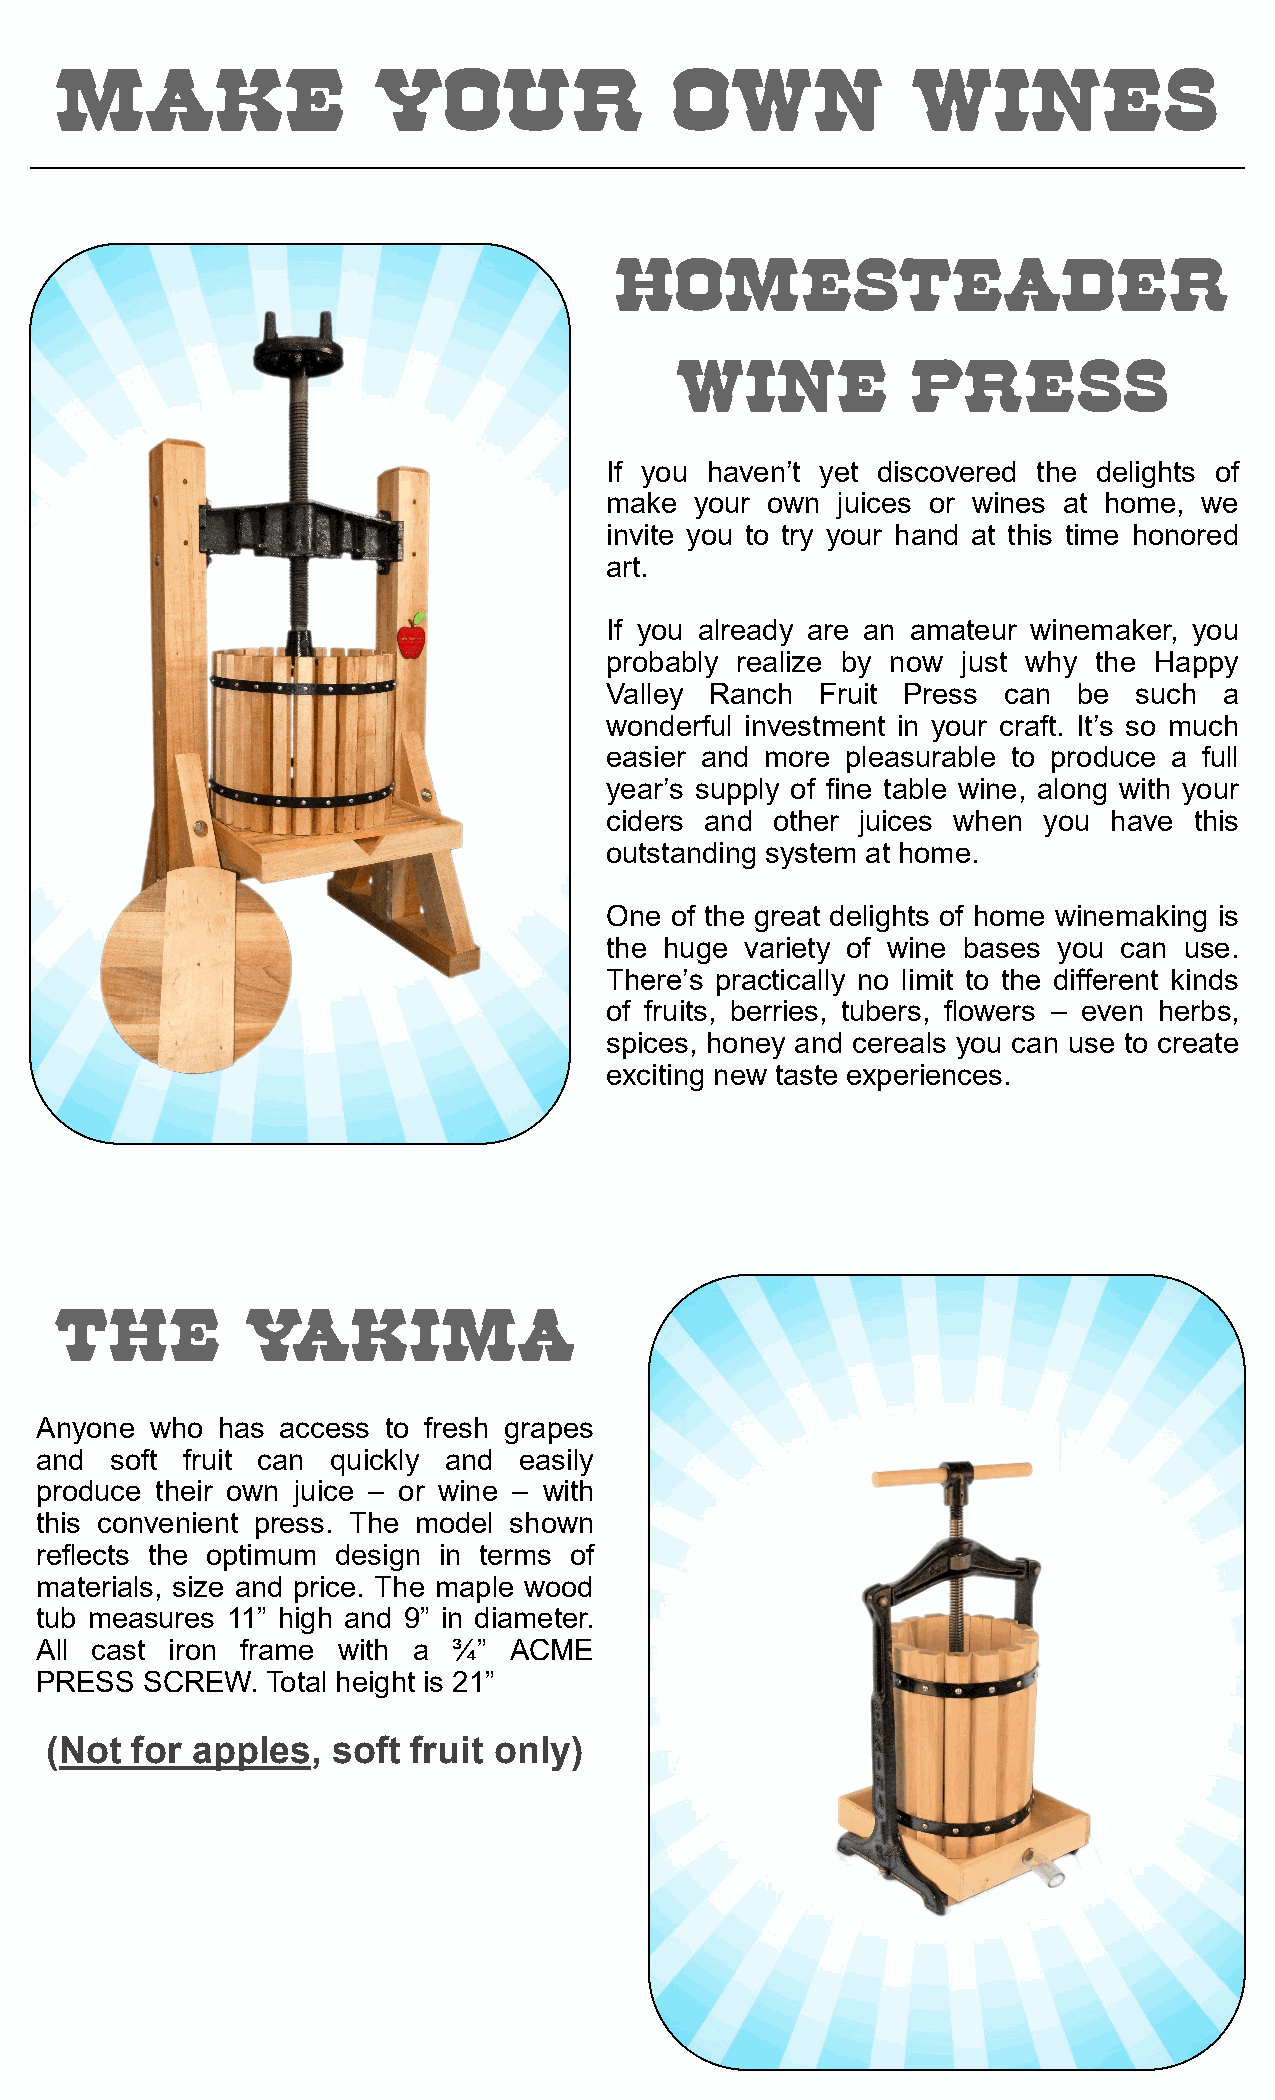
MAKE                 YOUR               OWN             WINES
 HOMESTEADER
 WINE           PRESS
 If you haven’t yet discovered the delights of
 make  your own juices or wines at home, we
 invite you to try your hand at this time honored
 art.
 If you already are an amateur winemaker, you
 probably realize by now just why the Happy
 Valley Ranch  Fruit Press can  be  such  a
 wonderful investment in your craft. It’s so much
 easier and more pleasurable to produce a full
 year’s supply of fine table wine, along with your
 ciders and other juices when you  have this
 outstanding system at home.
 One of the great delights of home winemaking is
 the huge variety of wine bases you can use.
 There’s practically no limit to the different kinds
 of fruits, berries, tubers, flowers – even herbs,
 spices, honey and cereals you can use to create
 exciting new taste experiences.
 THE         YAKIMA
 Anyone  who has  access to fresh grapes
 and  soft fruit can quickly and easily
 produce their own juice – or wine – with
 this convenient press. The model shown
 reflects the optimum design in terms of
 materials, size and price. The maple wood
 tub measures 11” high and 9” in diameter.
 All cast iron frame with a  ¾”  ACME
 PRESS  SCREW.   Total height is 21”
 (Not  for apples,  soft fruit only)